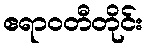
ဧရာဝတီတိုင်း